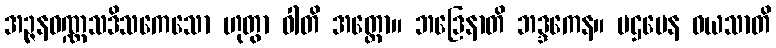
အဉ္ဇနဝဏ္ဏသဒိသကေသော ဟုတွာ ဝါတိ အတ္ထော။ ဘဒြေနာတိ ဘဒ္ဒကေန။ ပဌမေန ဝယသာတိ